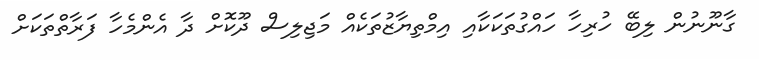
ގާނޫނުން ލިބޭ ހުރިހާ ހައްގުތަކަކާއި އިމްތިޔާޒުތަކެއް މަޖިލިސް ދޫކޮށް ދާ އެންމެހާ ފަރާތްތަކަށް